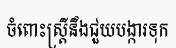
ចំពោះស្ត្រីនឹងជួយបង្ការទុក